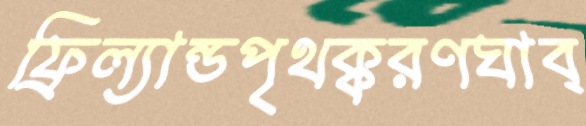
ফ্রিল্যান্ডপৃথক্করণঘাব্‌